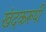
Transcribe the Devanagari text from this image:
खंदकरूपी